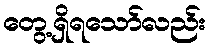
တွေ့ရှိရသော်လည်း